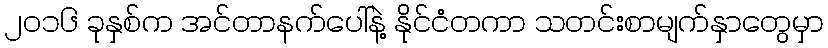
၂၀၁၆ ခုနှစ်က အင်တာနက်ပေါ်နဲ့ နိုင်ငံတကာ သတင်းစာမျက်နှာတွေမှာ